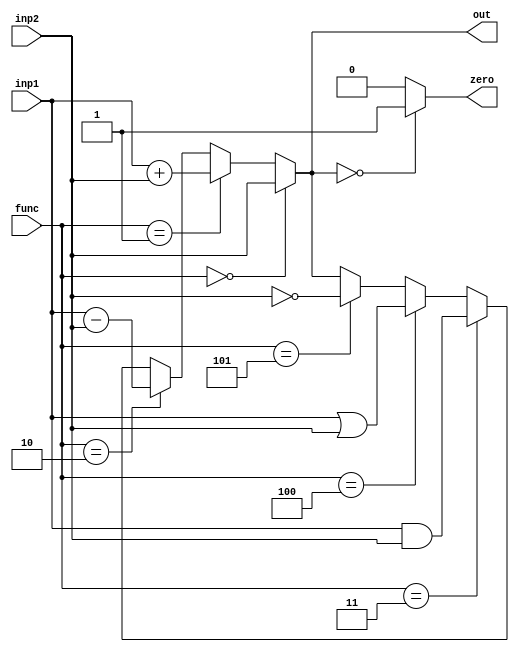
`timescale 1ps/1ps
module ALU (
    inp1,
    inp2,
    func,
    out,
    zero
    );
    parameter n = 16;
    input [n-1:0]inp1, inp2;
    input [2:0]func;
    output [n-1:0]out;
    output zero;

    wire [2:0] MOV = 3'b000, ADD = 3'b001, SUB = 3'b010, AND = 3'b011,
               OR  = 3'b100, NOT = 3'b101, NOP = 3'b110;

    assign out = (func == MOV) ? inp2 :
                 (func == ADD) ? inp1 + inp2 :
                 (func == SUB) ? inp1 - inp2 :
                 (func == AND) ? inp1 & inp2 :
                 (func == OR ) ? inp1 | inp2 :
                 (func == NOT) ? ~inp2 :
                 (func == NOP) ? out :
                 out;
    assign zero = (out == {(n){1'b0}}) ? 1'b1 :
                  1'b0;
                 
endmodule